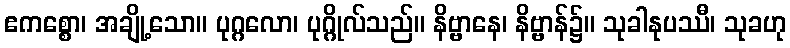
ဧကစ္စော၊ အချို့သော။ ပုဂ္ဂလော၊ ပုဂ္ဂိုလ်သည်။ နိဗ္ဗာနေ၊ နိဗ္ဗာန်၌။ သုခါနုပဿီ၊ သုခဟု